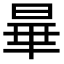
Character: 𬀽